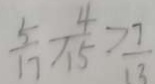
\frac { 5 } { 1 7 } > \frac { 4 } { 1 5 } > \frac { 7 } { 1 3 }